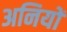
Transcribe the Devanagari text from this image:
अनियों